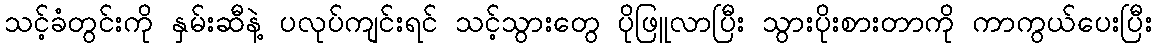
သင့်ခံတွင်းကို နှမ်းဆီနဲ့ ပလုပ်ကျင်းရင် သင့်သွားတွေ ပိုဖြူလာပြီး သွားပိုးစားတာကို ကာကွယ်ပေးပြီး